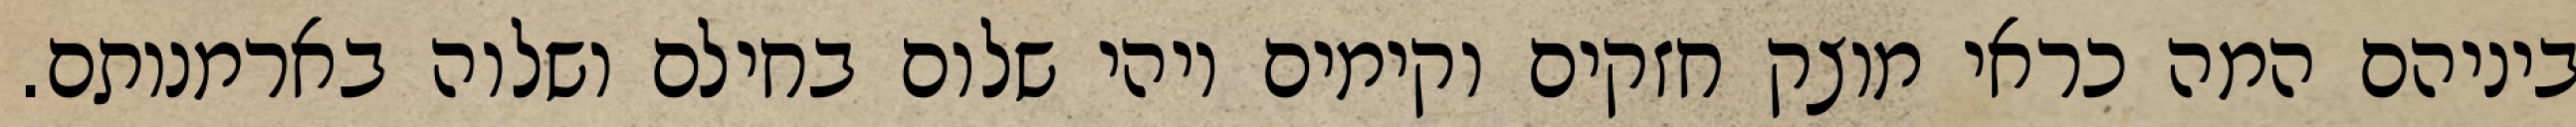
ביניהם המה כראי מוצק חזקים וקימים ויהי שלום בחילם ושלוה בארמנותם.